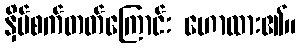
နှိပ်စက်တတ်ကြောင်း ဟောထား၏။